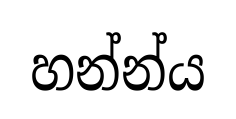
හන්න්ය